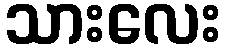
သားလေး